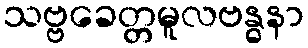
သဗ္ဗခေတ္တမူလဗန္ဓနာ